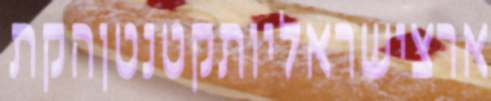
ארצישראליותקטנטןהקת